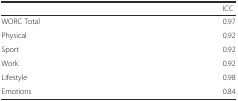
<table><thead><tr><td></td><td><b>ICC</b></td></tr></thead><tbody><tr><td>WORC Total</td><td>0.97</td></tr><tr><td>Physical</td><td>0.92</td></tr><tr><td>Sport</td><td>0.92</td></tr><tr><td>Work</td><td>0.92</td></tr><tr><td>Lifestyle</td><td>0.98</td></tr><tr><td>Emotions</td><td>0.84</td></tr></tbody></table>